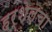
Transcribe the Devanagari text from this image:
हर्शेलचा